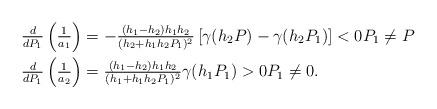
LaTeX: \begin{align*} \tfrac{d}{dP_1}\left(\tfrac{1}{a_1}\right)&=-\tfrac{(h_1-h_2)h_1h_2}{(h_2+h_1h_2P_1)^2} \left[\gamma(h_2P)-\gamma(h_2P_1)\right]<0 P_1\neq P\\ \tfrac{d}{dP_1}\left(\tfrac{1}{a_2}\right)&=\tfrac{(h_1-h_2)h_1h_2}{(h_1+h_1h_2P_1)^2}\gamma(h_1P_1)>0 P_1\neq 0.\end{align*}